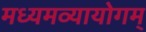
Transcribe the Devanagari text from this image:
मध्यमव्यायोगम्